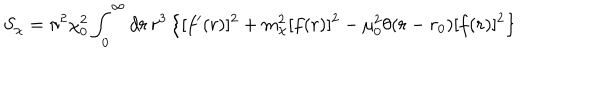
S _ { \chi } = \pi ^ { 2 } \chi _ { 0 } ^ { 2 } \int _ { 0 } ^ { \infty } d r \, r ^ { 3 } \left\{ [ f ^ { \prime } ( r ) ] ^ { 2 } + m _ { \chi } ^ { 2 } [ f ( r ) ] ^ { 2 } - \mu _ { 0 } ^ { 2 } \theta ( r - r _ { 0 } ) [ f ( r ) ] ^ { 2 } \right\}